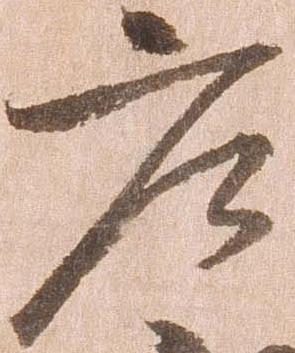
庄